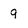
Character: 9